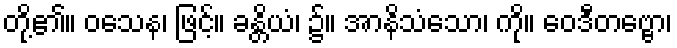
တို့၏။ ဝသေန၊ ဖြင့်။ ခန္တိယံ၊ ၌။ အာနိသံသော၊ ကို။ ဝေဒီတဗ္ဗော၊